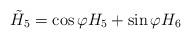
LaTeX: \begin{align*}\tilde{H}_5=\cos\varphi H_5+\sin\varphi H_6\end{align*}